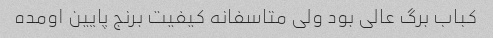
کباب برگ عالی بود ولی متاسفانه کیفیت برنج پایین اومده